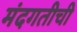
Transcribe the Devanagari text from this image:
मंदगतीची